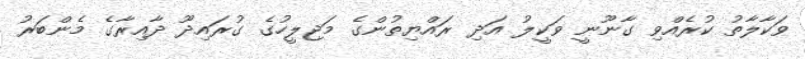
ވަކާލާތު ކުރެއްވި ގާނޫނީ ވަކީލު އަދި ރައްޔިތުންގެ މަޖިލީހުގެ ގުރައިދޫ ދާއިރާގެ މެންބަރު